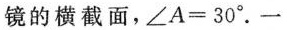
镜的横截面，\angle A=30^{\circ}.一